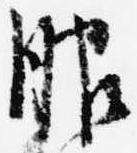
服